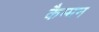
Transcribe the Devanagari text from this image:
कैम्मन